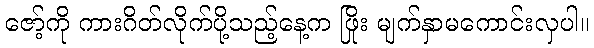
ဇော့်ကို ကားဂိတ်လိုက်ပို့သည့်နေ့က ဖြိုး မျက်နှာမကောင်းလှပါ။